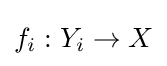
f_{i}:Y_{i}\to X